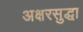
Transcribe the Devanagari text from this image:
अक्षरसुद्धा